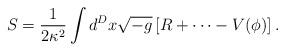
LaTeX: \begin{align*}S = \frac1{2\kappa^2}\int d^Dx\sqrt{-g}\left[R+\cdots-V(\phi)\right].\end{align*}